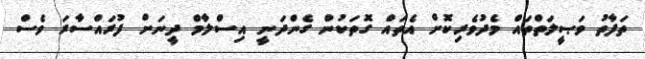
ތަފާތު ވަޞީލަތްތައް މެދުވެރިކޮށް އެތައް ގޮތަކުން ގެންދަނީ އިސްލާމް ދީނަށް ފުރައްސާރަ ވެސް